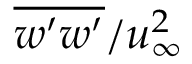
\overline { { w ^ { \prime } w ^ { \prime } } } / u _ { \infty } ^ { 2 }